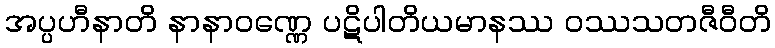
အပ္ပဟီနာတိ နာနာဝဏ္ဏေ ပဋိပါတိယမာနဿ ဝဿသတဇီဝီတိ